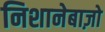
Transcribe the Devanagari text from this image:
निशानेबाज़ो